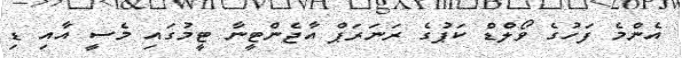
އެންމެ ފަހުގެ ވޯލްޑް ކަޕުގެ ރަނަރަޕް އާޖެންޓީނާ ޓީމުގައި މެސީ އާއި ޑި